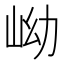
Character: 岰